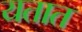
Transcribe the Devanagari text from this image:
यतात